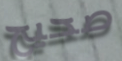
صحيح